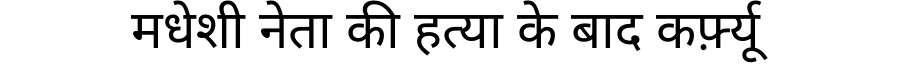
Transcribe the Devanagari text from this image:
मधेशी नेता की हत्या के बाद कर्फ़्यू